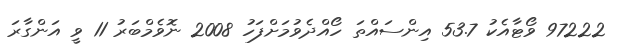
97222 ވޯޓާއެކު 53.7 އިންސައްތަ ހޯއްދެވުމަށްފަހު 2008 ނޮވެމްބަރު 11 ވީ އަންގާރަ